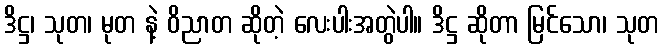
ဒိဋ္ဌ၊ သုတ၊ မုတ နဲ့ ဝိညာတ ဆိုတဲ့ လေးပါးအတွဲပါ။ ဒိဋ္ဌ ဆိုတာ မြင်သော၊ သုတ